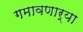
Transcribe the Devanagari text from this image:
गमावणार्‍या